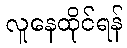
လူနေထိုင်ရန်